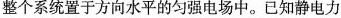
整个系统置于方向水平的匀强电场中。已知静电力